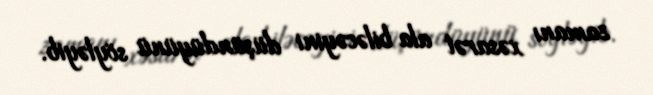
zamanı xəsarət ala biləcəyini düşündüyünü söyləyib.